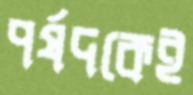
পর্ষদকেই